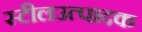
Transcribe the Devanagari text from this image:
स्टीलउत्पादक